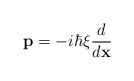
\begin{align*}\textbf{p}=-i\hbar\xi\frac{d}{d\textbf{x}}\end{align*}